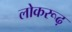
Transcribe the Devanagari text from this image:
लोकरूढ़